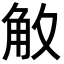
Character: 𮗡